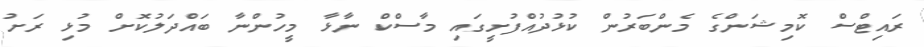
ރައިޓްސް ކޮމިޝަންގެ މެންބަރުން ކުޅުދުއްފުށީގައި މާސްކް ނާޅާ މީހުންނާ ބައްދަލުކޮށް މުޅި ރަށު